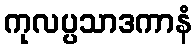
ကုလပ္ပသာဒကာနံ